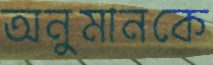
অনুমানকে